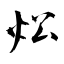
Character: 炂